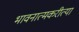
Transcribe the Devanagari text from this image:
भावनात्मकरीत्या